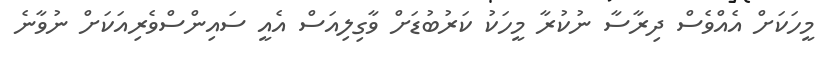
މީހަކަށް އެއްވެސް ދިރާސާ ނުކުރާ މީހަކު ކަރުބުޑަށް ވާގިލިއަސް އެއީ ސައިންސްވެރިއަކަށް ނުވާނެ